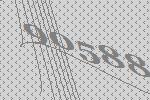
90588